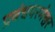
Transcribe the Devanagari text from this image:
प्रबंधपरमेश्वर